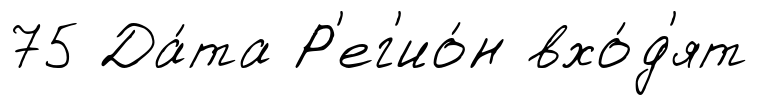
75 Да́та Р'ег'ио́н вхо́д'ят